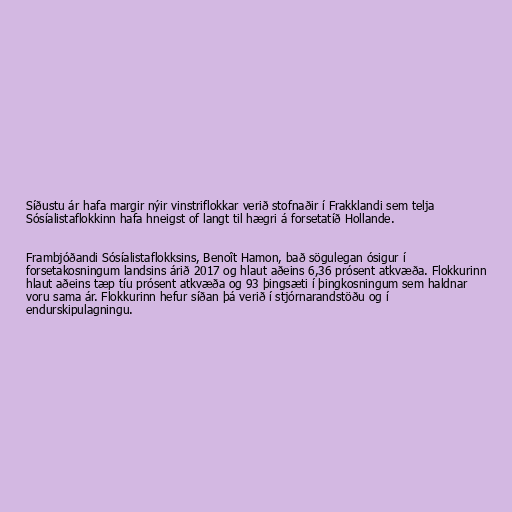
Síðustu ár hafa margir nýir vinstriflokkar verið stofnaðir í Frakklandi sem telja
Sósíalistaflokkinn hafa hneigst of langt til hægri á forsetatíð Hollande.

Frambjóðandi Sósíalistaflokksins, Benoît Hamon, bað sögulegan ósigur í
forsetakosningum landsins árið 2017 og hlaut aðeins 6,36 prósent atkvæða. Flokkurinn
hlaut aðeins tæp tíu prósent atkvæða og 93 þingsæti í þingkosningum sem haldnar
voru sama ár. Flokkurinn hefur síðan þá verið í stjórnarandstöðu og í
endurskipulagningu.